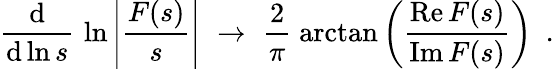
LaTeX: \frac{\mathrm{d}}{\mathrm{d}\ln s}\, \, \ln\left|\frac{F(s)}{s}\right|\, \, \rightarrow\, \, \frac{2}{\pi}\; \arctan\left(\frac{\mathrm{Re}\, F(s)}{\mathrm{Im}\, F(s)}\right)\, \, \, .